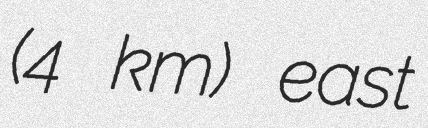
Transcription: (4 km) east